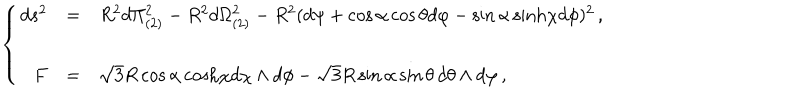
\left\{ \begin{array} { r c l } { { d s ^ { 2 } } } & { { = } } & { { R ^ { 2 } d \Pi _ { ( 2 ) } ^ { 2 } - R ^ { 2 } d \Omega _ { ( 2 ) } ^ { 2 } - R ^ { 2 } ( d \psi + \cos { \alpha } \cos { \theta } d \varphi - \sin { \alpha } \, \mathrm { s i n h } \chi d \phi ) ^ { 2 } \, , } } \\ { { } } & { { } } & { { } } \\ { { F } } & { { = } } & { { \sqrt { 3 } R \cos { \alpha } \, \mathrm { c o s h } \chi d \chi \wedge d \phi - \sqrt { 3 } R \sin { \alpha } \sin { \theta } \, d \theta \wedge d \varphi \, , } } \\ \end{array} \right.